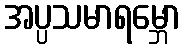
အပ္ပသမာရမ္ဘော